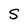
Character: S